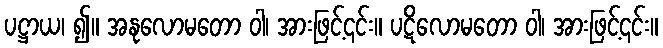
ပဋ္ဌာယ၊ ၍။ အနုလောမတော ဝါ၊ အားဖြင့်၎င်း။ ပဋိလောမတော ဝါ၊ အားဖြင့်၎င်း။